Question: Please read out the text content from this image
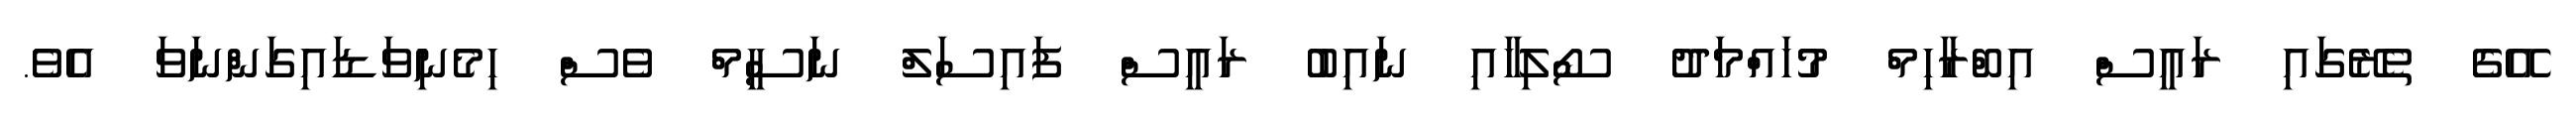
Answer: އޭގެ ތެރޭގައި ރައީސް އިބްރާހިމް މުހައްމަދު ސޯލިހާއި ނައިބު ރައީސް ފައިސަލް ނަސީމް ވެސް ހިމެނިވަޑައިގަންނަވަ އެވެ.